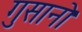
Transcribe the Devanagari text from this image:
गुसानो